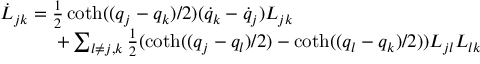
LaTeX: \begin{array} { l } { { \dot { L } _ { j k } = \frac { 1 } { 2 } \coth ( ( q _ { j } - q _ { k } ) / 2 ) ( \dot { q } _ { k } - \dot { q } _ { j } ) L _ { j k } } } \\ { { \quad \quad \quad + \sum _ { l \neq j , k } \frac { 1 } { 2 } ( \coth ( ( q _ { j } - q _ { l } ) / 2 ) - \coth ( ( q _ { l } - q _ { k } ) / 2 ) ) L _ { j l } L _ { l k } } } \end{array}